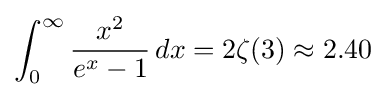
\int _{0}^{\infty }{\frac {x^{2}}{e^{x}-1}}\,dx=2\zeta (3)\approx 2.40